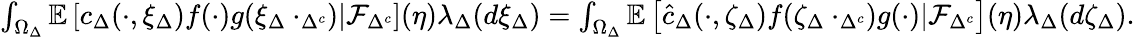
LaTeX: \begin{array}{r}{\int_{\Omega_{\Delta}}\mathbb{E}\left[c_{\Delta}(\cdot,\xi_{\Delta})f(\cdot)g(\xi_{\Delta}\cdot_{\Delta^{c}})\lvert\mathcal{F}_{\Delta^{c}}\right](\eta)\lambda_{\Delta}(d\xi_{\Delta})=\int_{\Omega_{\Delta}}\mathbb{E}\left[\hat{c}_{\Delta}(\cdot,\zeta_{\Delta})f(\zeta_{\Delta}\cdot_{\Delta^{c}})g(\cdot)\lvert\mathcal{F}_{\Delta^{c}}\right](\eta)\lambda_{\Delta}(d\zeta_{\Delta}).}\end{array}